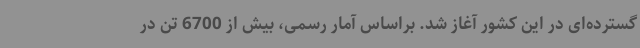
گسترده‌ای در این کشور آغاز شد. براساس آمار رسمی، بیش از 6700 تن در